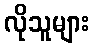
လိုသူများ